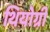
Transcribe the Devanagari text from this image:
थियोग्री